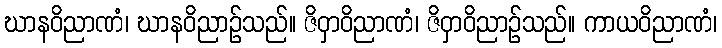
ဃာနဝိညာဏံ၊ ဃာနဝိညာဉ်သည်။ ဇိဝှာဝိညာဏံ၊ ဇိဝှာဝိညာဉ်သည်။ ကာယဝိညာဏံ၊